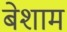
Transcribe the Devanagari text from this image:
बेशाम